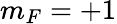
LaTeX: m_{F}=+1